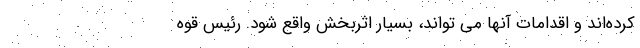
کرده‌اند و اقدامات آنها می تواند، بسیار اثربخش واقع شود. رئیس قوه